Report of the Indian Hemp Drugs Commission, 1894-1895 - Volume VIII
Year: 1894
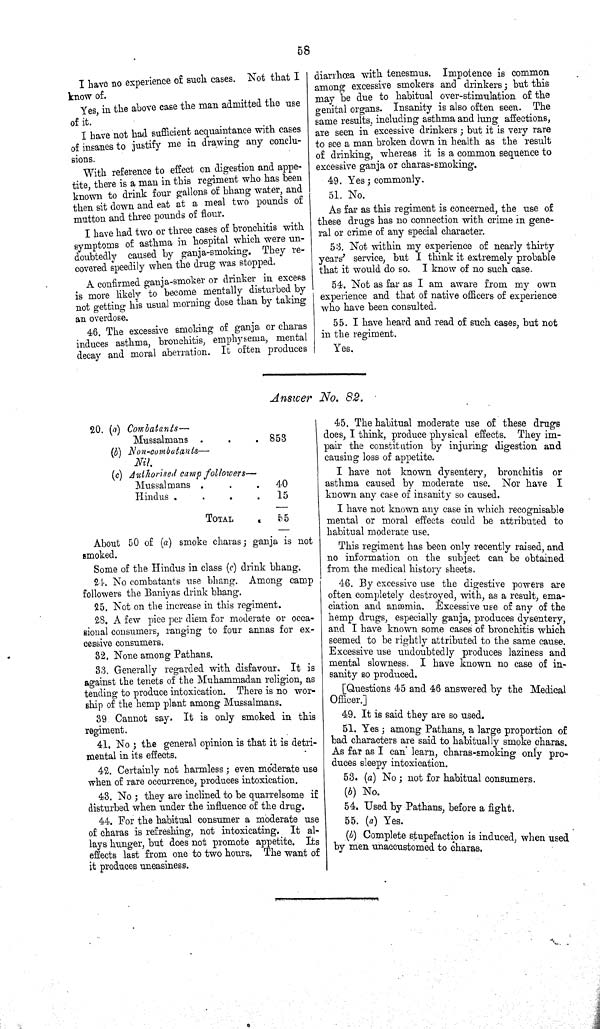
58
I have no experience of such cases. Not that I
know of.
Yes, in the above case the man admitted the use
of it.
I have not had sufficient acquaintance with cases
of insanes to justify me in drawing any conclu-
sions.
With reference to effect on digestion and appe-
tite, there is a man in this regiment who has been
known to drink four gallons of bhang water, and
then sit down and eat at a meal two pounds of
mutton and three pounds of flour.
I have had two or three cases of bronchitis with
symptoms of asthma in hospital which were un-
doubtedly caused by ganja-smoking. They re-
covered speedily when the drug was stopped.
A confirmed ganja-smoker or drinker in excess
is more likely to become mentally disturbed by
not getting his usual morning dose than by taking
an overdose.
46. The excessive smoking of ganja or charas
induces asthma, bronchitis, emphysema, mental
decay and moral aberrat i on. It often produces
diarrhœa with tenesmus. Impotence is common
among excessive smokers and drinkers; but this
may be due to habitual over-stimulation of the
genital organs. Insanity is also often seen. The
same results, including asthma and lung affections,
are seen in excessive drinkers; but it is very rare
to see a man broken down in health as the result
of drinking, whereas it is a common sequence to
excessive ganja or charas-smoking.
49. Yes; commonly.
51. No.
As far as this regiment is concerned, the use of
these drugs has no connection with crime in gene-
ral or crime of any special character.
53. Not within my experience of nearly thirty
years' service, but I think it extremely probable
that it would do so. I know of no such case.
54. Not as far as I am aware from my own
experience and that of native officers of experience
who have been consulted.
55. I have heard and read of such cases, but not
in the regiment.
Yes.
Answer No. 82.
20. (a) Combatants—
Mussalmans
853
(b) Non-combatants—
Nil.
(c) Authorised camp followers—
Mussalmans
40
Hindus .
15
TOTAL
65
About 50 of (a) smoke charas; ganja is not
smoked.
Some of the Hindus in class (c) drink bhang.
24. No combatants use bhang. Among camp
followers the Baniyas drink bhang.
25. Not on the increase in this regiment.
28. A few pice per diem for moderate or occa-
sional consumers, ranging to four annas for ex-
cessive consumers.
32. None among Pathans.
33. Generally regarded with disfavour. It is
against the tenets of the Muhammadan religion, as
tending to produce intoxication. There is no wor-
ship of the hemp plant among Mussalmans.
39 Cannot say. It is only smoked in this
regiment.
41. No; the general opinion is that it is detri-
mental in its effects.
42. Certainly not harmless; even moderate use
when of rare occurrence, produces intoxication.
43. No; they are inclined to be quarrelsome if
disturbed when under the influence of the drug.
44. For the habitual consumer a moderate use
of charas is refreshing, not intoxicating. It al-
lays hunger, but does not promote appetite. Its
effects last from one to two hours. The want of
it produces uneasiness.
45. The habitual moderate use of these drugs
does, I think, produce physical effects. They im-
pair the constitution by injuring digestion and
causing loss of appetite.
I have not known dysentery, bronchitis or
asthma caused by moderate use. Nor have I
known any case of insanity so caused.
I have not known any case in which recognisable
mental or moral effects could be attributed to
habitual moderate use.
This regiment has been only recently raised, and
no information on the subject can be obtained
from the medical history sheets.
46. By excessive use the digestive powers are
often completely destroyed, with, as a result, ema-
ciation and anæmia. Excessive use of any of the
hemp drugs, especially ganja, produces dysentery,
and I have known some cases of bronchitis which
seemed to be rightly attributed to the same cause.
Excessive use undoubtedly produces laziness and
mental slowness. I have known no case of in-
sanity so produced.
[Questions 45 and 46 answered by the Medical
Officer.]
49. It is said they are so used.
51. Yes; among Pathans, a large proportion of
bad characters are said to habitually smoke charas.
As far as I can learn, charas-smoking only pro-
duces sleepy intoxication.
53. (a) No; not for habitual consumers.
(b) No.
54. Used by Pathans, before a fight.
55. (a) Yes.
(b) Complete stupefaction is induced, when used
by men unaccustomed to charas.